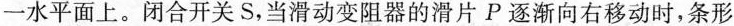
一水平面上。闭合开关S，当滑动变阻器的滑片P逐渐向右移动时，条形